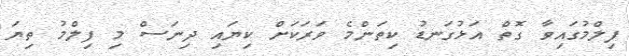
ފިލްމުގައިވާ ގޮތް އަޅުގަނޑު ކިތަންމެ ވަރަކަށް ކިޔައި ދިނަސް މި ފިލްމު ތިޔަ